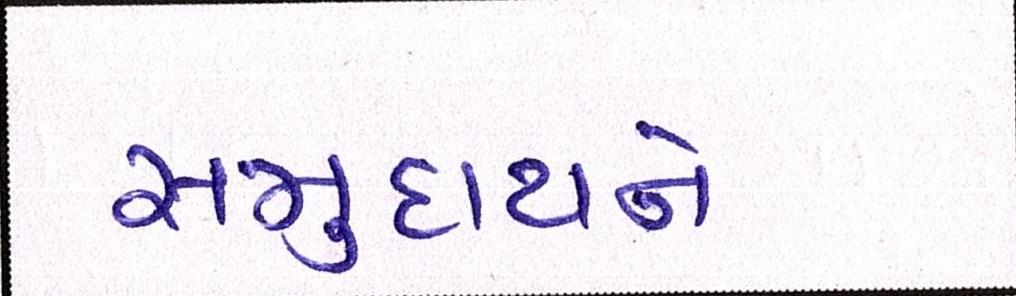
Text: સમુદાયને